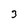
Character: 3